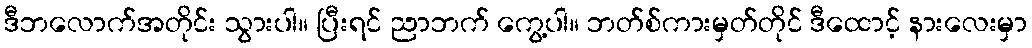
ဒီဘလောက်အတိုင်း သွားပါ။ ပြီးရင် ညာဘက် ကွေ့ပါ။ ဘတ်စ်ကားမှတ်တိုင် ဒီထောင့် နားလေးမှာ